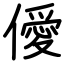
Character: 僾